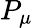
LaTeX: P_{\mu}